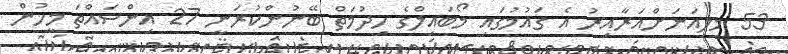
53 މިލިއަނަށްއަރާއިރު އެ ގައުމުގައި މޯބައިލްގެ ހިދުމަތް ބޭނުންކުރަނީ 27 އިންސައްތަ މީހުން